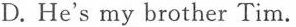
D.He's my brother Tim．